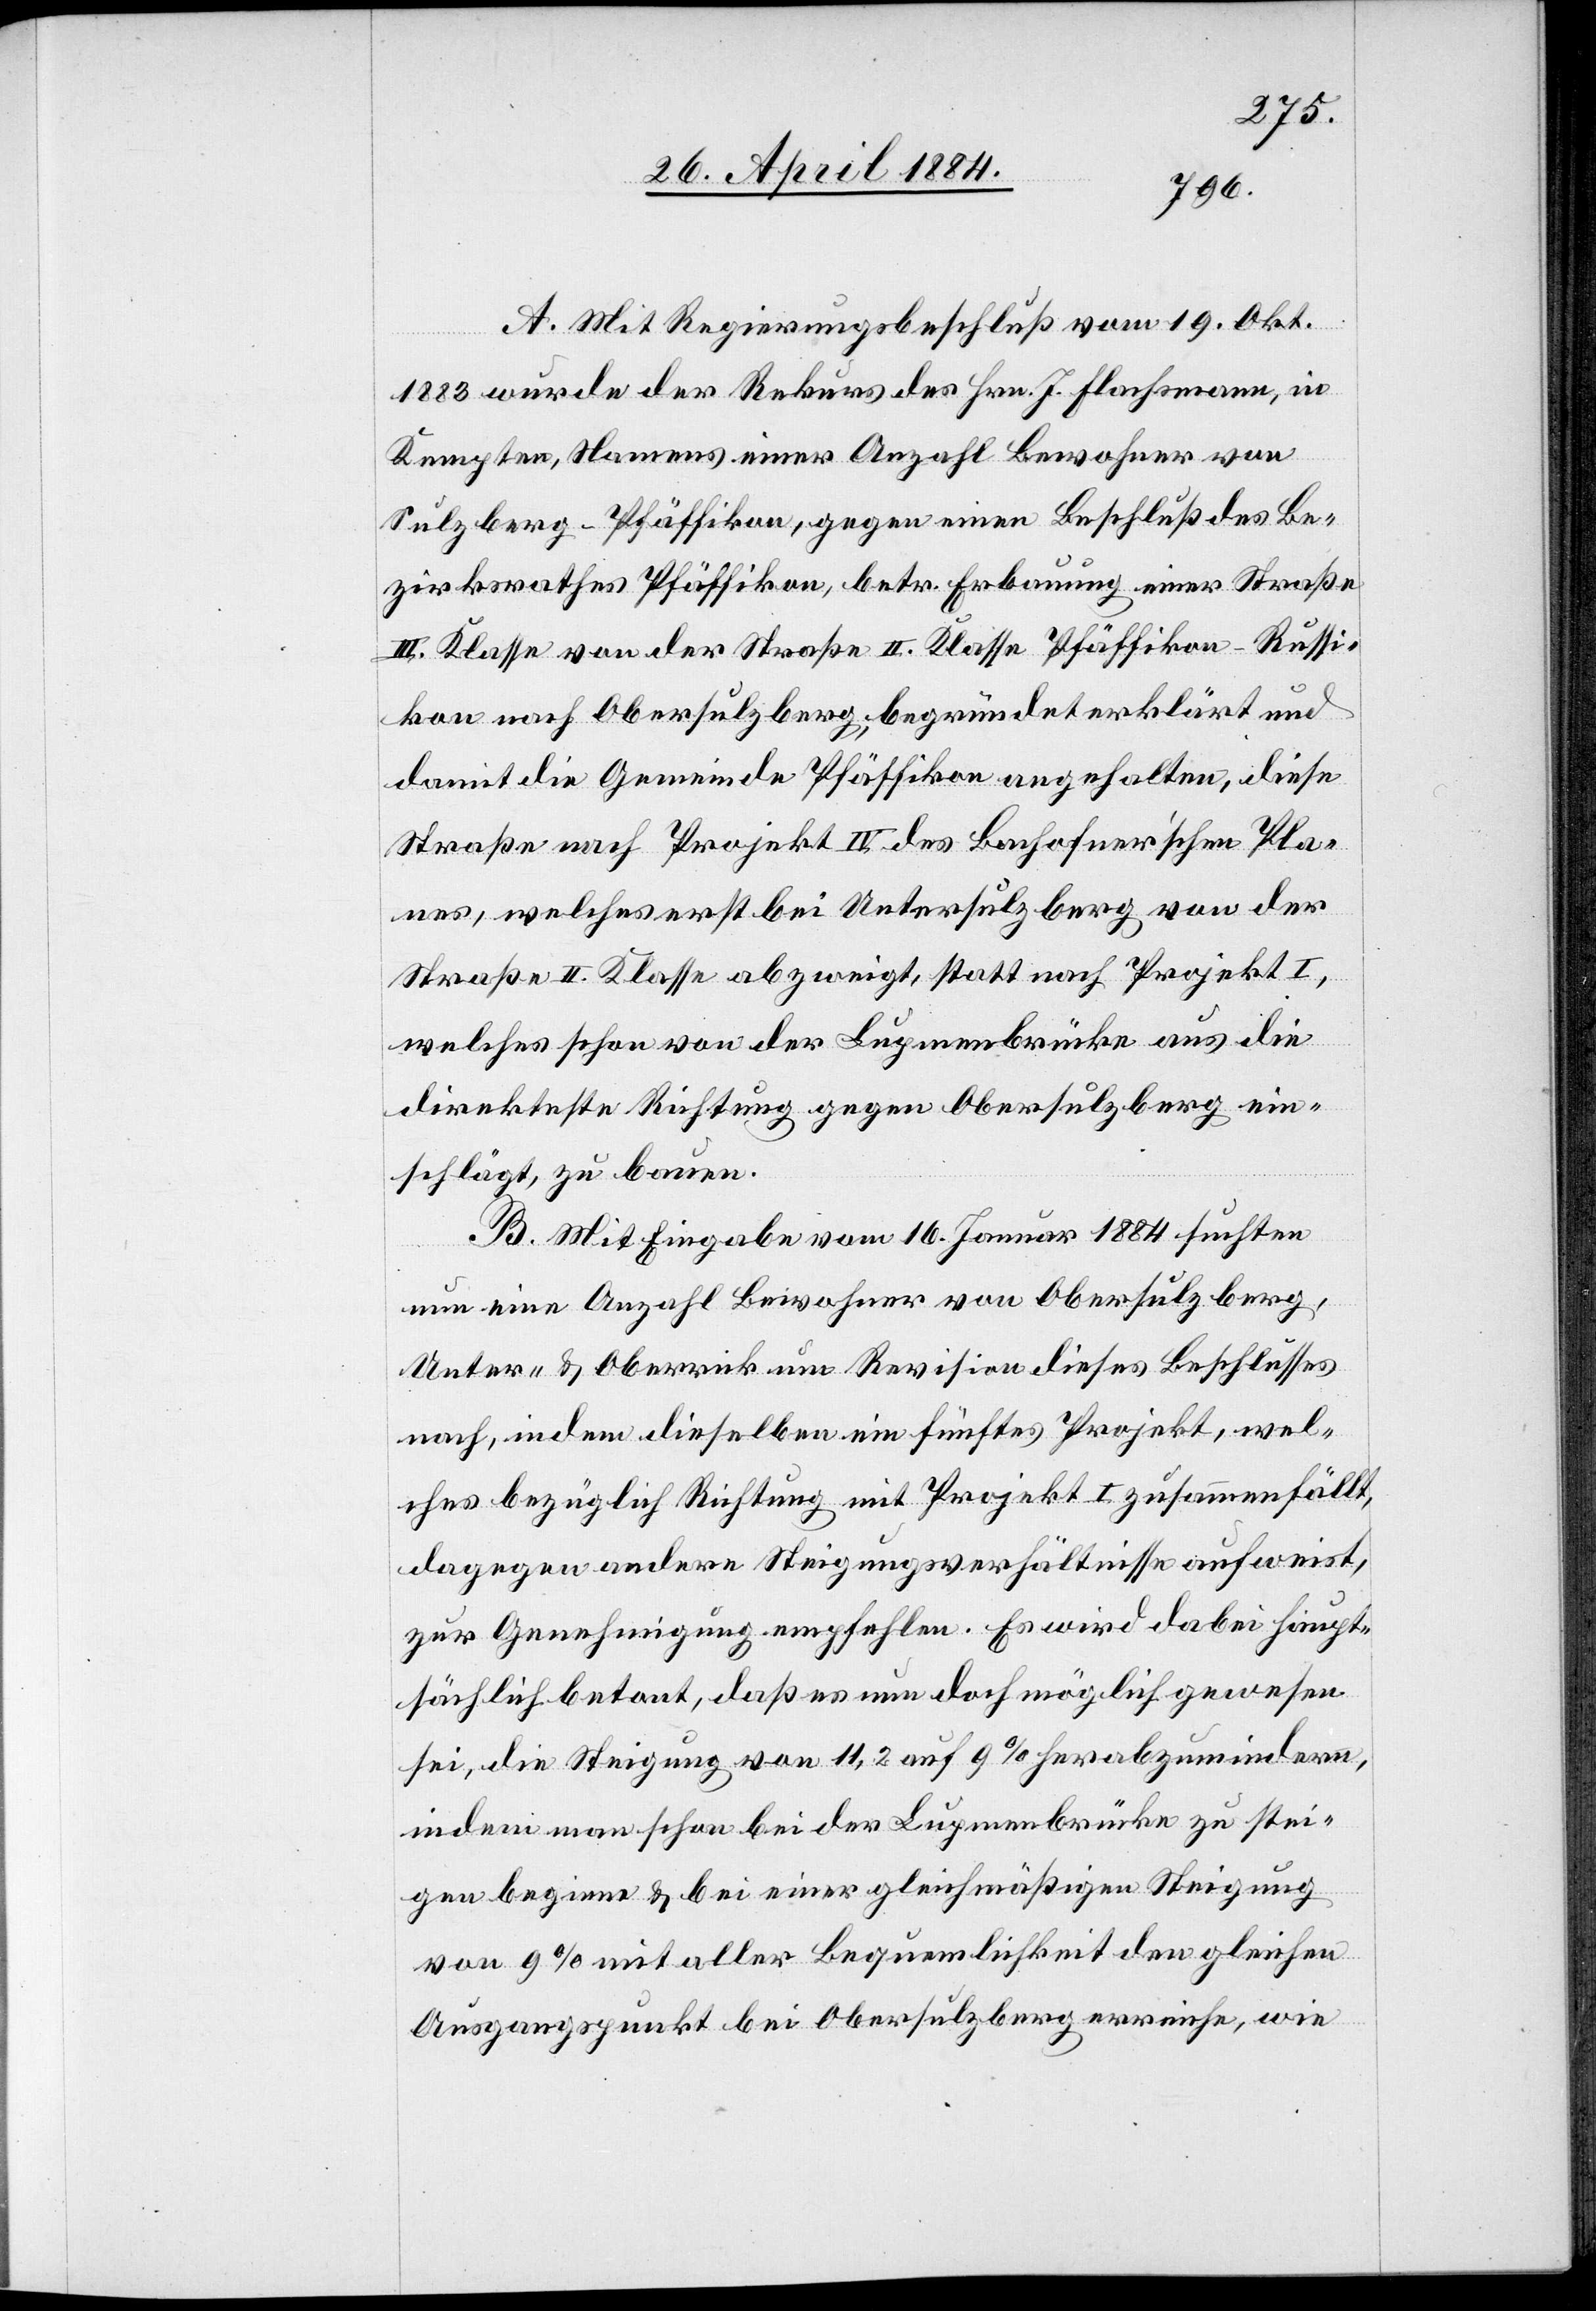
A. Mit Regierungsbeschluß vom 19. Okt.
1883 wurde der Rekurs des Hrn. J. Flachsmann, in
Kempten, Namens einer Anzahl Bewohner von
Sulzberg - Pfäffikon, gegen einen Beschluß des Be¬
zirksrathes Pfäffikon, betr. Erbauung einer Straße
III. Klasse von der Straße II. Klasse Pfäffikon–Russi¬
kon nach Obersulzberg, begründet erklärt und
damit die Gemeinde Pfäffikon angehalten, diese
Straße nach Projekt IV. des Bachofner’schen Pla¬
nes, welches erst bei Untersulzberg von der
Straße II. Klasse abzweigt, statt nach Projekt I,
welches schon von der Lupmenbrücke aus die
direkteste Richtung gegen Obersulzberg ein¬
schlägt, zu bauen.
B. Mit Eingabe vom 16. Januar 1884 suchten
nun eine Anzahl Bewohner von Obersulzberg,
Unter- & Oberrick um Revision dieses Beschlusses
nach, indem dieselben ein fünftes Projekt, wel¬
ches bezüglich Richtung mit Projekt I zusammenfällt,
dagegen andere Steigungsverhältnisse aufweist,
zur Genehmigung empfehlen. Es wird dabei haupt¬
sächlich betont, daß es nun doch möglich gewesen
sei, die Steigung von 11,2 auf 9% herabzumindern,
indem man schon bei der Lupmenbrücke zu stei¬
gen beginne & bei einer gleichmäßigen Steigung
von 9% mit aller Bequemlichkeit den gleichen
Ausgangspunkt bei Obersulzberg erreiche, wie